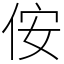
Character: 侒